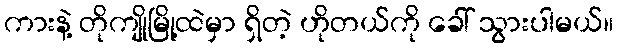
ကားနဲ့ တိုကျိုမြို့ထဲမှာ ရှိတဲ့ ဟိုတယ်ကို ခေါ် သွားပါမယ်။